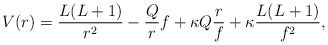
\begin{align*} V(r) = \frac{L(L+1)}{r^2} - \frac{Q}{r}f + \kappa Q \frac{r}{f} + \kappa \frac{L(L+1)}{f^2}, \end{align*}